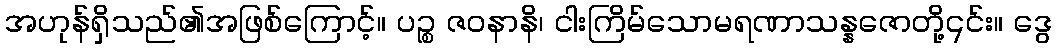
အဟုန်ရှိသည်၏အဖြစ်ကြောင့်။ ပဉ္စ ဇဝနာနိ၊ ငါးကြိမ်သောမရဏာသန္နဇောတို့၎င်း။ ဒွေ